Annual report of the Madras Medical College
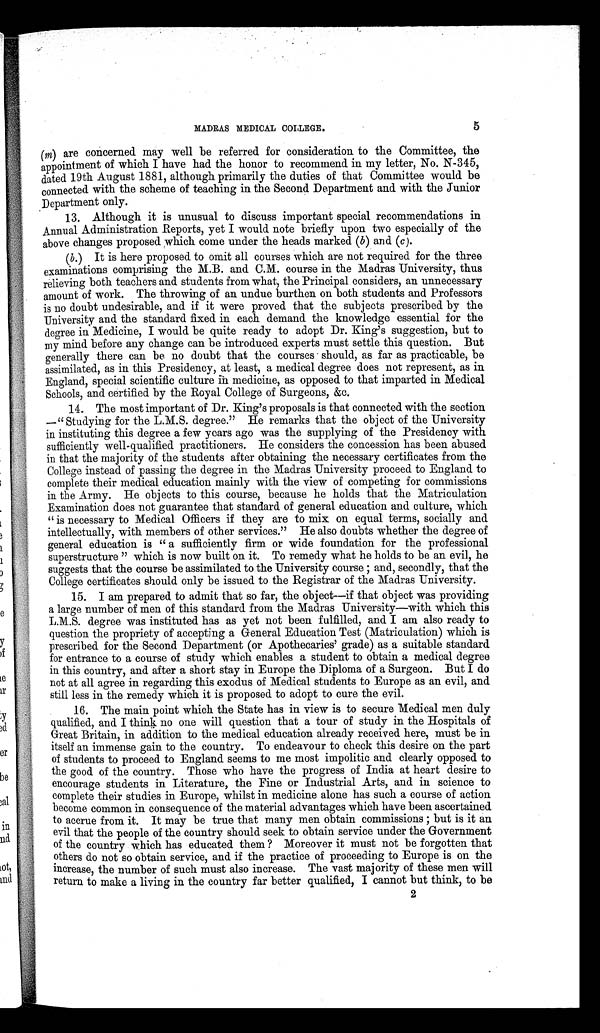
MADRAS MEDICAL COLLEGE.
5
(m) are concerned may well be referred for consideration to the Committee, the
appointment of which I have had the honor to recommend in my letter, No. N-345,
dated 19th August 1881, although primarily the duties of that Committee would be
connected with the scheme of teaching in the. Second Department and with the Junior
Department only.
13 Although it is unusual to discuss important special recommendations in
Annual Administration Reports, yet I would note briefly upon two especially of the
above changes proposed which come under the heads marked (b) and (c) .
(b.) It is here proposed. to omit all courses which are not required for the three
examinations comprising the M.B. and C.M. course in the Madras University, thus
relieving both teachers and students from what, the Principal considers, an unnecessary
amount of work. The throwing of an undue burthen on both students and Professors
is no doubt undesirable, and if it were proved that the subjects prescribed by the
University and. the standard fixed in each demand the knowledge essential for the
degree in Medicine, I would be quite ready to adopt Dr. King's suggestion, but to
my mind before any change can be introduced experts must settle this question. But
generally there can be no doubt that the courses should, as far as practicable, be
assimilated, as in this Presidency, at least, a medical degree does not represent, as in
England, special scientific culture in medicine, as opposed to that imparted in Medical
Schools, and certified by the Royal College of Surgeons, &c.
14. The most important of Dr. King's proposals is that connected with the section
—" Studying for the L.M.S. degree." He remarks that the object of the University
in instituting this degree a few years ago was the supplying of the Presidency with
sufficiently well-qualified practitioners. He considers the concession has been abused
in that the majority of the students after obtaining the necessary certificates from the
College instead of passing the degree in the Madras University proceed to England to
complete their medical education mainly with the view of competing for commissions
in the Army. He objects to this course, because he holds that the Matriculation
Examination does not guarantee that standard of general education and culture, which
" is necessary to Medical Officers if they are to mix on equal terms, socially and
intellectually, with members of other services." He also doubts whether the degree of
general education is " a sufficiently firm or wide foundation for the professional
superstructure " which is now built on it. To remedy what he holds to be an evil, he
suggests that the course be assimilated to the University course and, secondly, that the
College certificates should only be issued to the Registrar of the Madras University.
15. I am prepared to admit that so far, the object—if that object was providing
a large number of men of this standard from the Madras University—with which this
L.M.S. degree was instituted has as yet not been fulfilled, and I am also ready to
question the propriety of accepting a General Education Test (Matriculation) which is
prescribed for the Second Department (or Apothecaries' grade) as a suitable standard
for entrance to a course of study which enables a student to obtain a medical degree
in this country, and after a short stay in Europe the Diploma of a Surgeon. But I do
not at all agree in regarding this exodus of Medical students to Europe as an evil, and
still less in the remedy which it is proposed to adopt to cure the evil.
16. The main point which the State has in view is to secure Medical men duly
qualified, and I think no one will question that a tour of study in the Hospitals of
Great Britain, in addition to the medical education already received here, must be in
itself an immense gain to the country. To endeavour to check this desire on the part
of students to proceed to England seems to me most impolitic and clearly opposed to
the good of the country. Those who have the progress of India at heart desire to
encourage students in Literature, the Fine or Industrial Arts, and in science to
complete their studies in Europe, whilst in medicine alone has such a course of action
become common in consequence of the material advantages which have been ascertained
to accrue from it. It may be true that many men obtain commissions ; but is it an
evil that the people of the country should seek to obtain service under the Government
of the country which has educated them ? Moreover it must not be forgotten that
others do not so obtain service, and if the practice of proceeding to Europe is on the
increase, the number of such must also increase. The vast majority of these men will
return to make a living in the country far better qualified, I cannot but think, to be
2